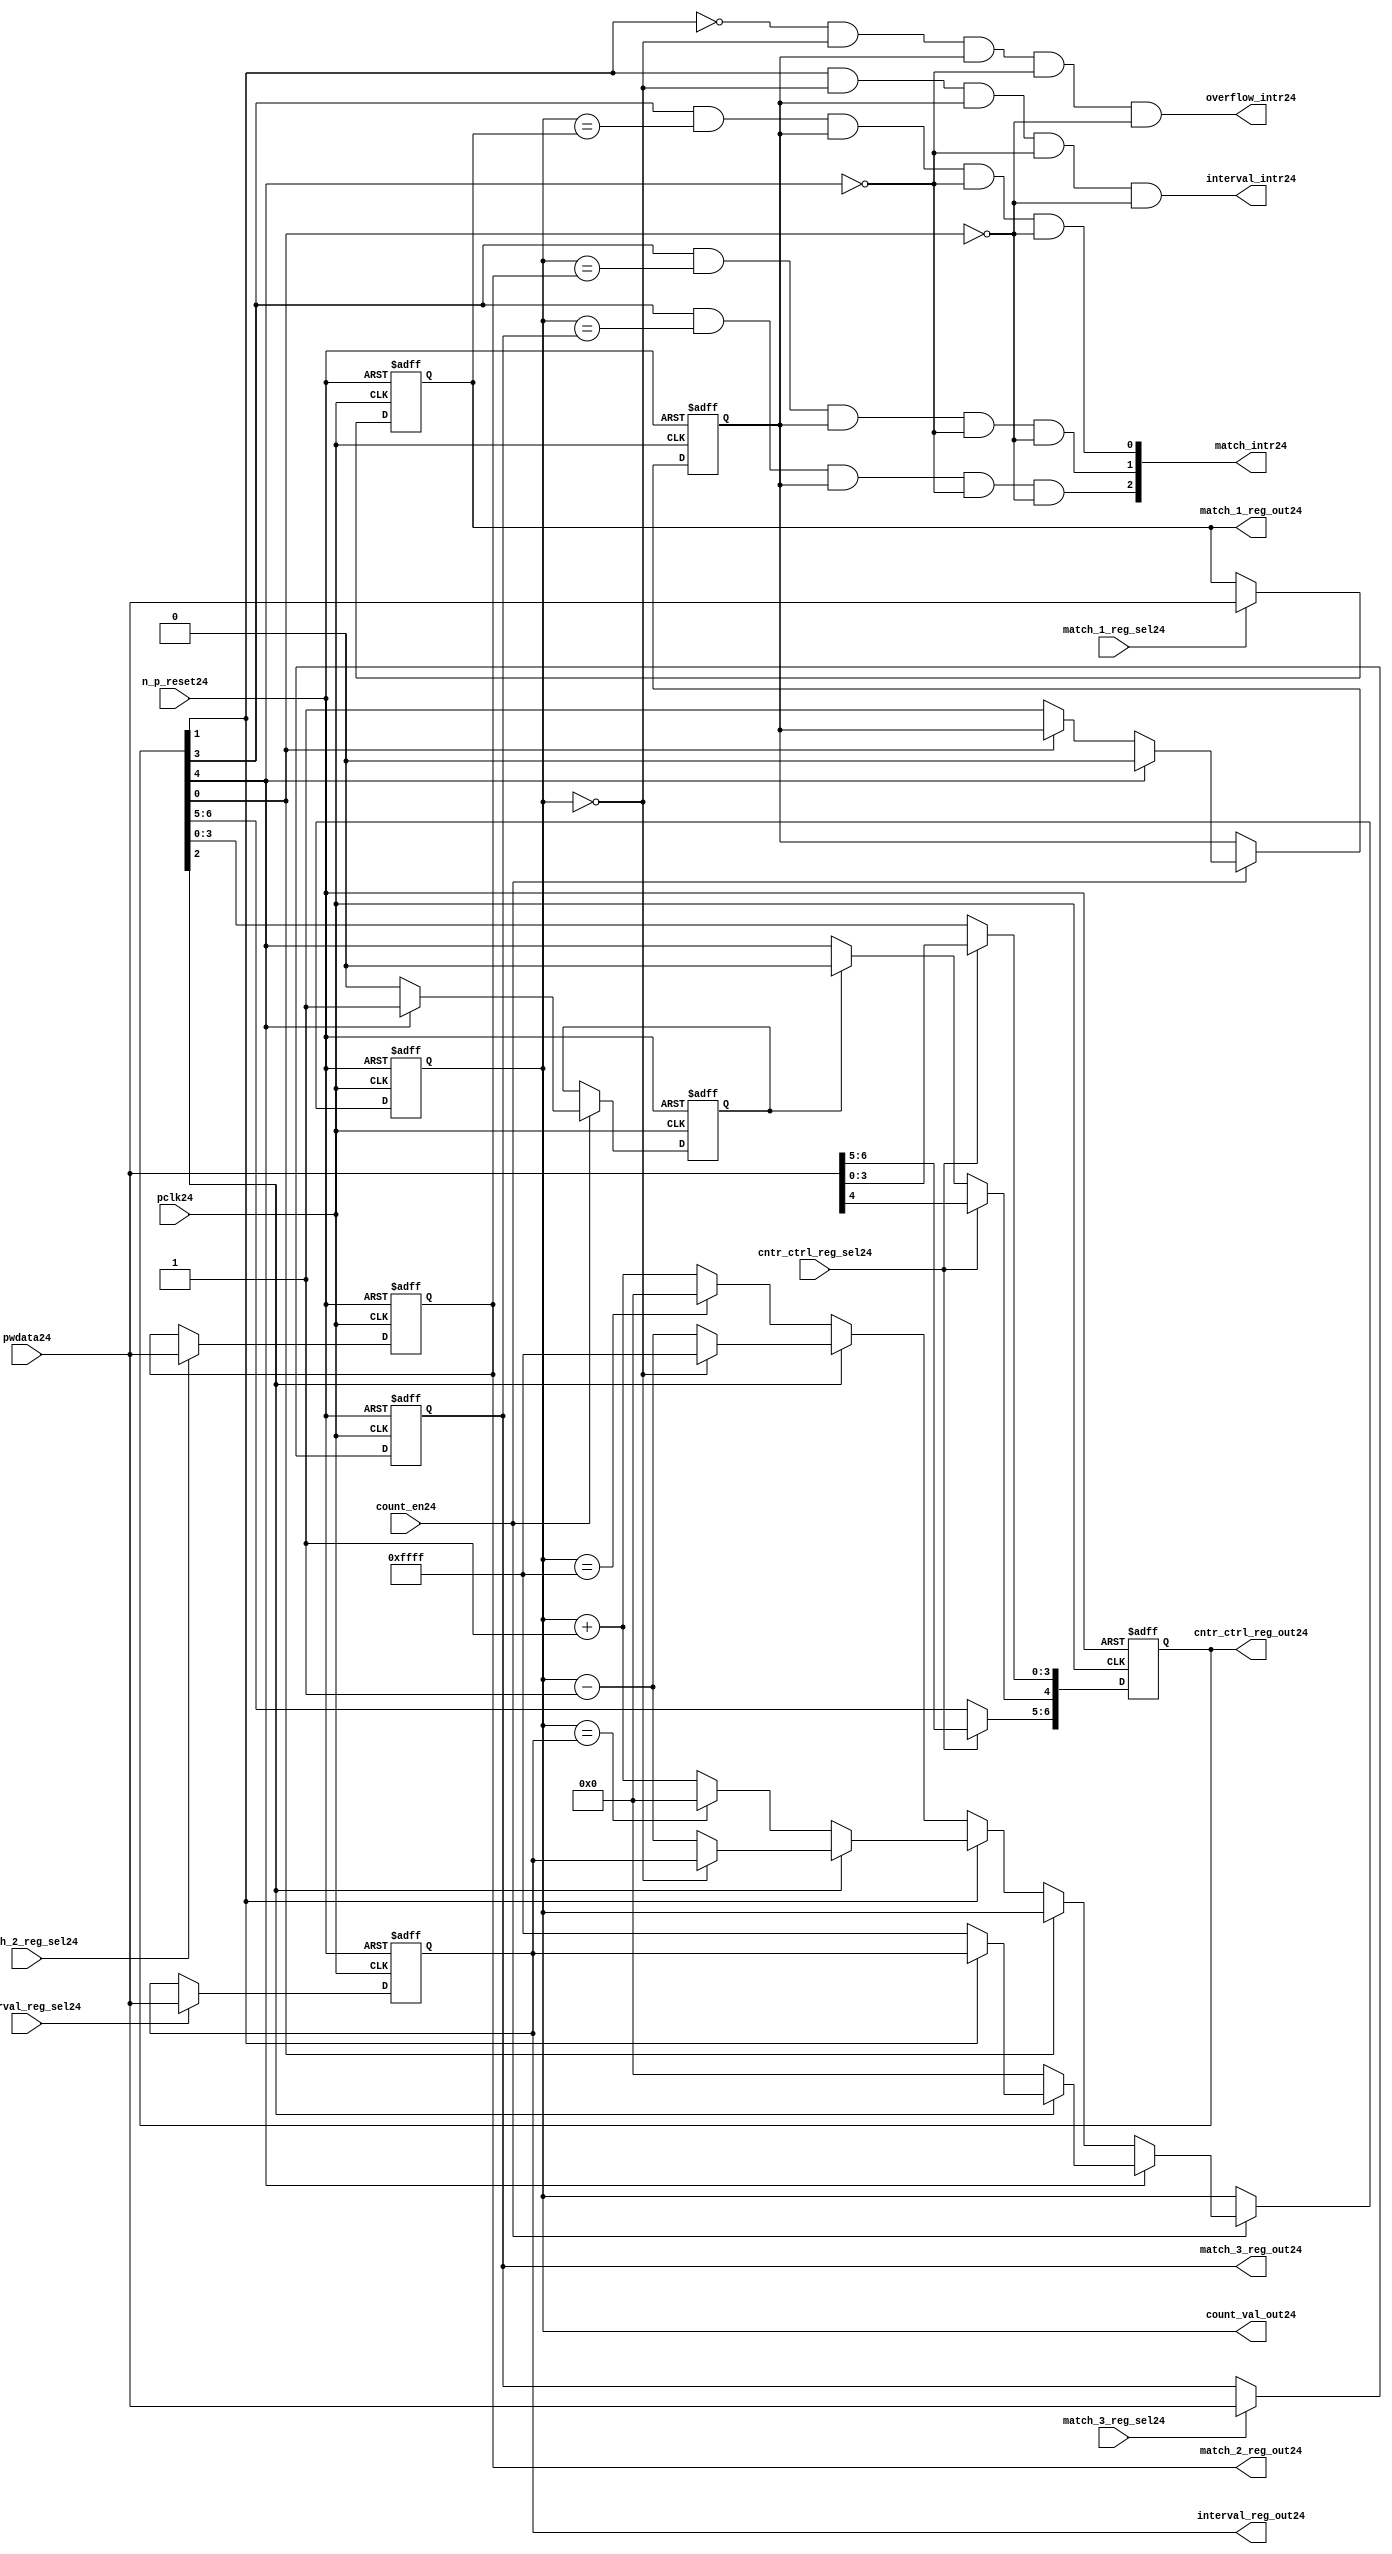
//File24 name   : ttc_counter_lite24.v
//Title24       : 
//Created24     : 1999
//Description24 :The counter can increment and decrement.
//   In increment mode instead of counting24 to its full 16 bit
//   value the counter counts24 up to or down from a programmed24 interval24 value.
//   Interrupts24 are issued24 when the counter overflows24 or reaches24 it's interval24
//   value. In match mode if the count value equals24 that stored24 in one of three24
//   match registers an interrupt24 is issued24.
//Notes24       : 
//----------------------------------------------------------------------
//   Copyright24 1999-2010 Cadence24 Design24 Systems24, Inc24.
//   All Rights24 Reserved24 Worldwide24
//
//   Licensed24 under the Apache24 License24, Version24 2.0 (the
//   "License24"); you may not use this file except24 in
//   compliance24 with the License24.  You may obtain24 a copy of
//   the License24 at
//
//       http24://www24.apache24.org24/licenses24/LICENSE24-2.0
//
//   Unless24 required24 by applicable24 law24 or agreed24 to in
//   writing, software24 distributed24 under the License24 is
//   distributed24 on an "AS24 IS24" BASIS24, WITHOUT24 WARRANTIES24 OR24
//   CONDITIONS24 OF24 ANY24 KIND24, either24 express24 or implied24.  See
//   the License24 for the specific24 language24 governing24
//   permissions24 and limitations24 under the License24.
//----------------------------------------------------------------------
//


module ttc_counter_lite24(

  //inputs24
  n_p_reset24,    
  pclk24,          
  pwdata24,              
  count_en24,
  cntr_ctrl_reg_sel24, 
  interval_reg_sel24,
  match_1_reg_sel24,
  match_2_reg_sel24,
  match_3_reg_sel24,         

  //outputs24    
  count_val_out24,
  cntr_ctrl_reg_out24,
  interval_reg_out24,
  match_1_reg_out24,
  match_2_reg_out24,
  match_3_reg_out24,
  interval_intr24,
  match_intr24,
  overflow_intr24

);


//--------------------------------------------------------------------
// PORT DECLARATIONS24
//--------------------------------------------------------------------

   //inputs24
   input          n_p_reset24;         //reset signal24
   input          pclk24;              //System24 Clock24
   input [15:0]   pwdata24;            //6 Bit24 data signal24
   input          count_en24;          //Count24 enable signal24
   input          cntr_ctrl_reg_sel24; //Select24 bit for ctrl_reg24
   input          interval_reg_sel24;  //Interval24 Select24 Register
   input          match_1_reg_sel24;   //Match24 1 Select24 register
   input          match_2_reg_sel24;   //Match24 2 Select24 register
   input          match_3_reg_sel24;   //Match24 3 Select24 register

   //outputs24
   output [15:0]  count_val_out24;        //Value for counter reg
   output [6:0]   cntr_ctrl_reg_out24;    //Counter24 control24 reg select24
   output [15:0]  interval_reg_out24;     //Interval24 reg
   output [15:0]  match_1_reg_out24;      //Match24 1 register
   output [15:0]  match_2_reg_out24;      //Match24 2 register
   output [15:0]  match_3_reg_out24;      //Match24 3 register
   output         interval_intr24;        //Interval24 interrupt24
   output [3:1]   match_intr24;           //Match24 interrupt24
   output         overflow_intr24;        //Overflow24 interrupt24

//--------------------------------------------------------------------
// Internal Signals24 & Registers24
//--------------------------------------------------------------------

   reg [6:0]      cntr_ctrl_reg24;     // 5-bit Counter24 Control24 Register
   reg [15:0]     interval_reg24;      //16-bit Interval24 Register 
   reg [15:0]     match_1_reg24;       //16-bit Match_124 Register
   reg [15:0]     match_2_reg24;       //16-bit Match_224 Register
   reg [15:0]     match_3_reg24;       //16-bit Match_324 Register
   reg [15:0]     count_val24;         //16-bit counter value register
                                                                      
   
   reg            counting24;          //counter has starting counting24
   reg            restart_temp24;   //ensures24 soft24 reset lasts24 1 cycle    
   
   wire [6:0]     cntr_ctrl_reg_out24; //7-bit Counter24 Control24 Register
   wire [15:0]    interval_reg_out24;  //16-bit Interval24 Register 
   wire [15:0]    match_1_reg_out24;   //16-bit Match_124 Register
   wire [15:0]    match_2_reg_out24;   //16-bit Match_224 Register
   wire [15:0]    match_3_reg_out24;   //16-bit Match_324 Register
   wire [15:0]    count_val_out24;     //16-bit counter value register

//-------------------------------------------------------------------
// Assign24 output wires24
//-------------------------------------------------------------------

   assign cntr_ctrl_reg_out24 = cntr_ctrl_reg24;    // 7-bit Counter24 Control24
   assign interval_reg_out24  = interval_reg24;     // 16-bit Interval24
   assign match_1_reg_out24   = match_1_reg24;      // 16-bit Match_124
   assign match_2_reg_out24   = match_2_reg24;      // 16-bit Match_224 
   assign match_3_reg_out24   = match_3_reg24;      // 16-bit Match_324 
   assign count_val_out24     = count_val24;        // 16-bit counter value
   
//--------------------------------------------------------------------
// Assigning24 interrupts24
//--------------------------------------------------------------------

   assign interval_intr24 =  cntr_ctrl_reg24[1] & (count_val24 == 16'h0000)
      & (counting24) & ~cntr_ctrl_reg24[4] & ~cntr_ctrl_reg24[0];
   assign overflow_intr24 = ~cntr_ctrl_reg24[1] & (count_val24 == 16'h0000)
      & (counting24) & ~cntr_ctrl_reg24[4] & ~cntr_ctrl_reg24[0];
   assign match_intr24[1]  =  cntr_ctrl_reg24[3] & (count_val24 == match_1_reg24)
      & (counting24) & ~cntr_ctrl_reg24[4] & ~cntr_ctrl_reg24[0];
   assign match_intr24[2]  =  cntr_ctrl_reg24[3] & (count_val24 == match_2_reg24)
      & (counting24) & ~cntr_ctrl_reg24[4] & ~cntr_ctrl_reg24[0];
   assign match_intr24[3]  =  cntr_ctrl_reg24[3] & (count_val24 == match_3_reg24)
      & (counting24) & ~cntr_ctrl_reg24[4] & ~cntr_ctrl_reg24[0];


//    p_reg_ctrl24: Process24 to write to the counter control24 registers
//    cntr_ctrl_reg24 decode:  0 - Counter24 Enable24 Active24 Low24
//                           1 - Interval24 Mode24 =1, Overflow24 =0
//                           2 - Decrement24 Mode24
//                           3 - Match24 Mode24
//                           4 - Restart24
//                           5 - Waveform24 enable active low24
//                           6 - Waveform24 polarity24
   
   always @ (posedge pclk24 or negedge n_p_reset24)
   begin: p_reg_ctrl24  // Register writes
      
      if (!n_p_reset24)                                   
      begin                                     
         cntr_ctrl_reg24 <= 7'b0000001;
         interval_reg24  <= 16'h0000;
         match_1_reg24   <= 16'h0000;
         match_2_reg24   <= 16'h0000;
         match_3_reg24   <= 16'h0000;  
      end    
      else 
      begin
         if (cntr_ctrl_reg_sel24)
            cntr_ctrl_reg24 <= pwdata24[6:0];
         else if (restart_temp24)
            cntr_ctrl_reg24[4]  <= 1'b0;    
         else 
            cntr_ctrl_reg24 <= cntr_ctrl_reg24;             

         interval_reg24  <= (interval_reg_sel24) ? pwdata24 : interval_reg24;
         match_1_reg24   <= (match_1_reg_sel24)  ? pwdata24 : match_1_reg24;
         match_2_reg24   <= (match_2_reg_sel24)  ? pwdata24 : match_2_reg24;
         match_3_reg24   <= (match_3_reg_sel24)  ? pwdata24 : match_3_reg24;   
      end
      
   end  //p_reg_ctrl24

   
//    p_cntr24: Process24 to increment or decrement the counter on receiving24 a 
//            count_en24 signal24 from the pre_scaler24. Count24 can be restarted24
//            or disabled and can overflow24 at a specified interval24 value.
   
   
   always @ (posedge pclk24 or negedge n_p_reset24)
   begin: p_cntr24   // Counter24 block

      if (!n_p_reset24)     //System24 Reset24
      begin                     
         count_val24 <= 16'h0000;
         counting24  <= 1'b0;
         restart_temp24 <= 1'b0;
      end
      else if (count_en24)
      begin
         
         if (cntr_ctrl_reg24[4])     //Restart24
         begin     
            if (~cntr_ctrl_reg24[2])  
               count_val24         <= 16'h0000;
            else
            begin
              if (cntr_ctrl_reg24[1])
                 count_val24         <= interval_reg24;     
              else
                 count_val24         <= 16'hFFFF;     
            end
            counting24       <= 1'b0;
            restart_temp24   <= 1'b1;

         end
         else 
         begin
            if (!cntr_ctrl_reg24[0])          //Low24 Active24 Counter24 Enable24
            begin

               if (cntr_ctrl_reg24[1])  //Interval24               
                  if (cntr_ctrl_reg24[2])  //Decrement24        
                  begin
                     if (count_val24 == 16'h0000)
                        count_val24 <= interval_reg24;  //Assumed24 Static24
                     else
                        count_val24 <= count_val24 - 16'h0001;
                  end
                  else                   //Increment24
                  begin
                     if (count_val24 == interval_reg24)
                        count_val24 <= 16'h0000;
                     else           
                        count_val24 <= count_val24 + 16'h0001;
                  end
               else    
               begin  //Overflow24
                  if (cntr_ctrl_reg24[2])   //Decrement24
                  begin
                     if (count_val24 == 16'h0000)
                        count_val24 <= 16'hFFFF;
                     else           
                        count_val24 <= count_val24 - 16'h0001;
                  end
                  else                    //Increment24
                  begin
                     if (count_val24 == 16'hFFFF)
                        count_val24 <= 16'h0000;
                     else           
                        count_val24 <= count_val24 + 16'h0001;
                  end 
               end
               counting24  <= 1'b1;
            end     
            else
               count_val24 <= count_val24;   //Disabled24
   
            restart_temp24 <= 1'b0;
      
         end
     
      end // if (count_en24)

      else
      begin
         count_val24    <= count_val24;
         counting24     <= counting24;
         restart_temp24 <= restart_temp24;               
      end
     
   end  //p_cntr24

endmodule